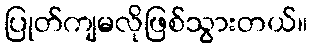
ပြုတ်ကျမလိုဖြစ်သွားတယ်။